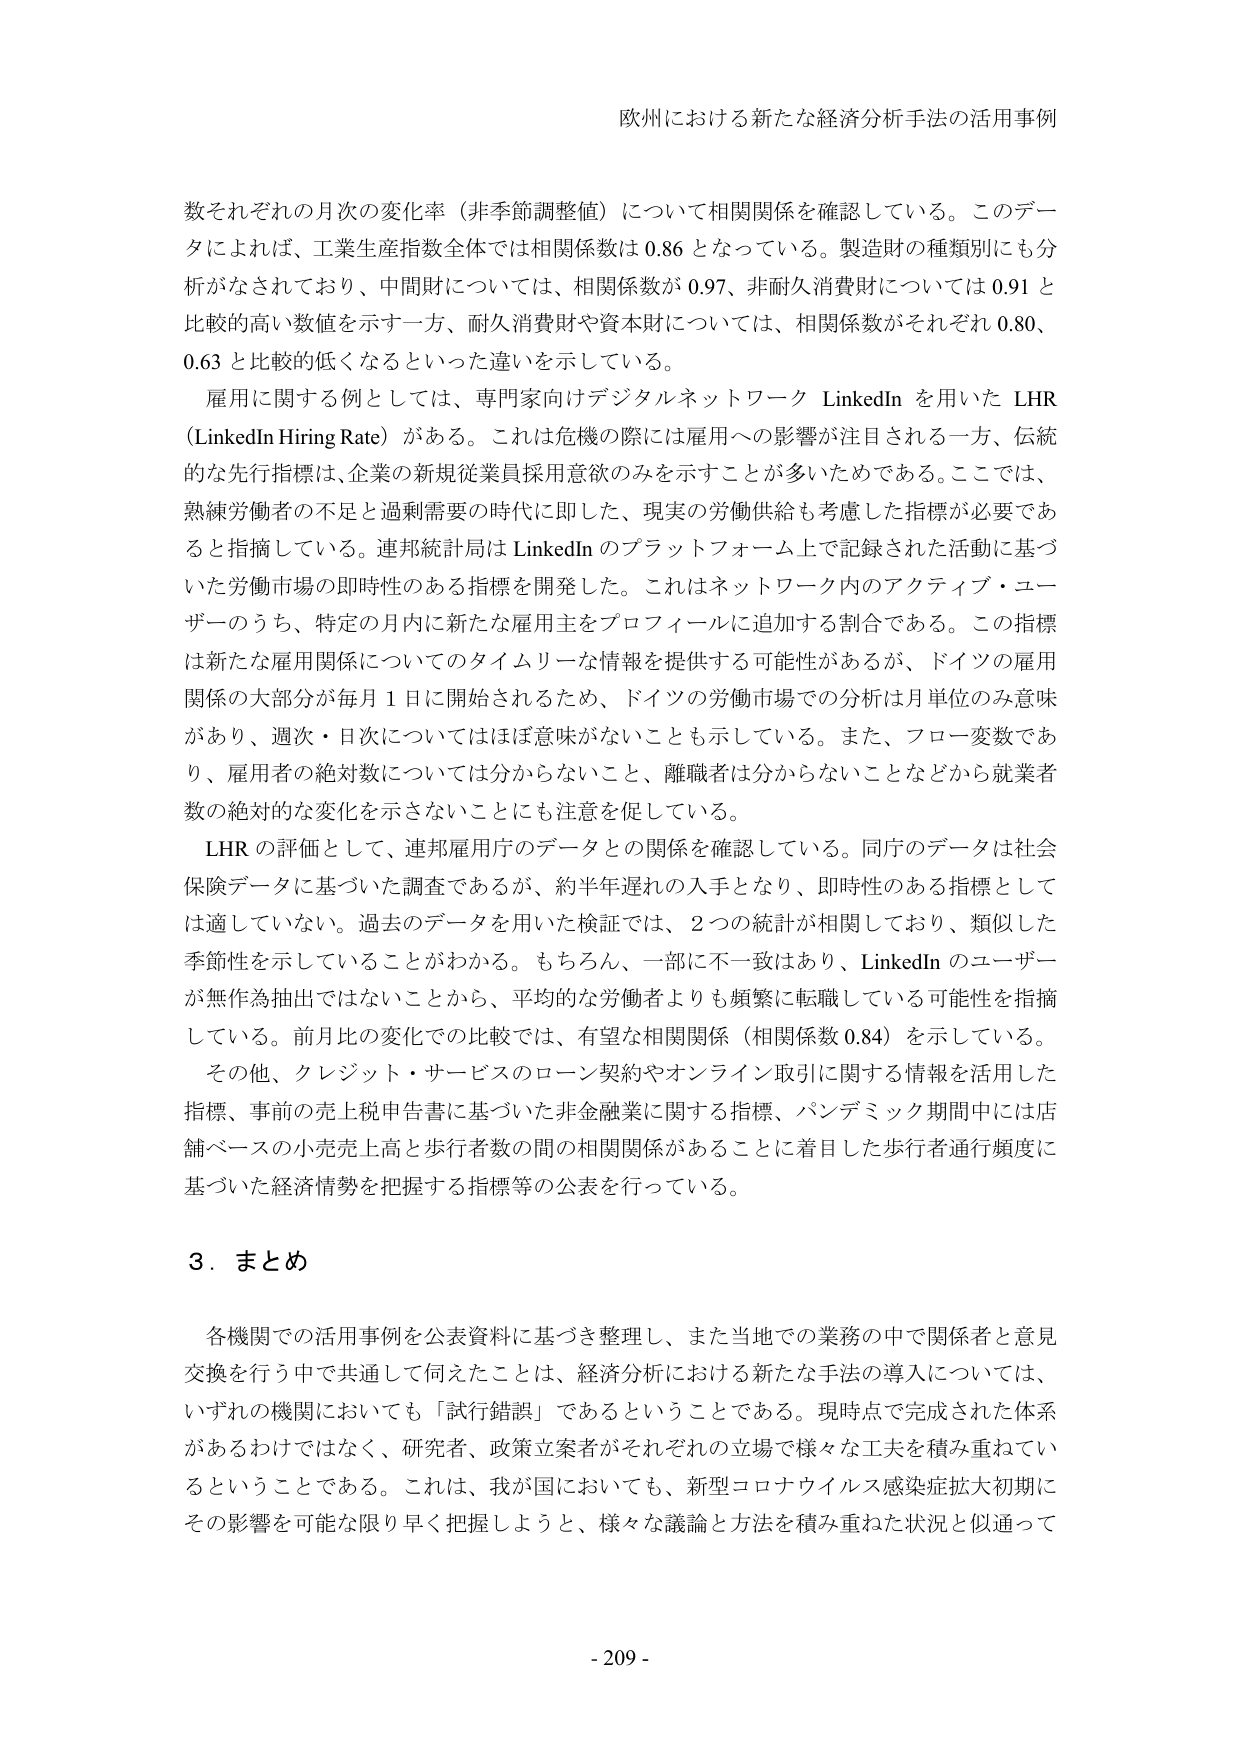
欧州における新たな経済分析手法の活用事例

数それぞれの月次の変化率（非季節調整値）について相関関係を確認している。このデータによれば、工業生産指数全体では相関係数は 0.86 となっている。製造財の種類別にも分析がなされており、中間財については、相関係数が 0.97、非耐久消費財については 0.91 と比較的高い数値を示す一方、耐久消費財や資本財については、相関係数がそれぞれ 0.80、0.63 と比較的低くなるといった違いを示している。

雇用に関する例としては、専門家向けデジタルネットワーク LinkedIn を用いた LHR（LinkedIn Hiring Rate）がある。これは危機の際には雇用への影響が注目される一方、伝統的な先行指標は、企業の新規従業員採用意欲のみを示すことが多いためである。ここでは、熟練労働者の不足と過剰需要の時代に即した、現実の労働供給も考慮した指標が必要であると指摘している。連邦統計局は LinkedIn のプラットフォーム上で記録された活動に基づいた労働市場の即時性のある指標を開発した。これはネットワーク内のアクティブ・ユーザーのうち、特定の月内に新たな雇用主をプロフィールに追加する割合である。この指標は新たな雇用関係についてのタイムリーな情報を提供する可能性があるが、ドイツの雇用関係の大部分が毎月 1 日に開始されるため、ドイツの労働市場での分析は月単位のみ意味があり、週次・日次についてはほぼ意味がないことも示している。また、フロー変数であり、雇用者の絶対数については分からないこと、離職者は分からないことなどから就業者数の絶対的な変化を示さないことに注意を促している。

LHR の評価として、連邦雇用庁のデータとの関係を確認している。同庁のデータは社会保険データに基づいた調査であるが、約半年遅れの入手となり、即時性のある指標としては適していない。過去のデータを用いた検証では、2つの統計が相関しており、類似した季節性を示していることがわかる。もちろん、一部に不一致はあり、LinkedIn のユーザーが無作為抽出ではないことから、平均的な労働者よりも頻繁に転職している可能性を指摘している。前月比の変化での比較では、有望な相関関係（相関係数 0.84）を示している。

その他、クレジット・サービスのローン契約やオンライン取引に関する情報を活用した指標、事前の売上税申告書に基づいた非金融業に関する指標、パンデミック期間中には店舗ベースの小売売上高と歩行者数の間の相関関係があることに着目した歩行者通行頻度に基づいた経済情勢を把握する指標等の公表を行っている。

3．まとめ

各機関での活用事例を公表資料に基づき整理し、また当地での業務の中で関係者と意見交換を行う中で共通して伺えたことは、経済分析における新たな手法の導入については、いずれの機関においても「試行錯誤」であるということである。現時点で完成された体系があるわけではなく、研究者、政策立案者がそれぞれの立場で様々な工夫を積み重ねているということである。これは、我が国においても、新型コロナウイルス感染症拡大初期にその影響を可能な限り早く把握しようと、様々な議論と方法を積み重ねた状況と似通って

- 209 -